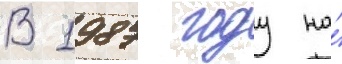
В 1987 году на́